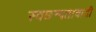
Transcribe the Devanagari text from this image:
स्वछन्दतावादी